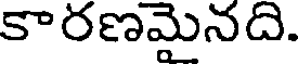
కారణమైనది.